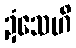
ဍံသေဟိ